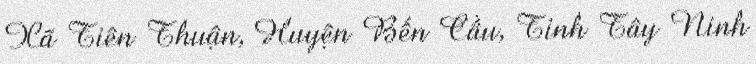
Xã Tiên Thuận, Huyện Bến Cầu, Tỉnh Tây Ninh